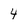
Character: 4